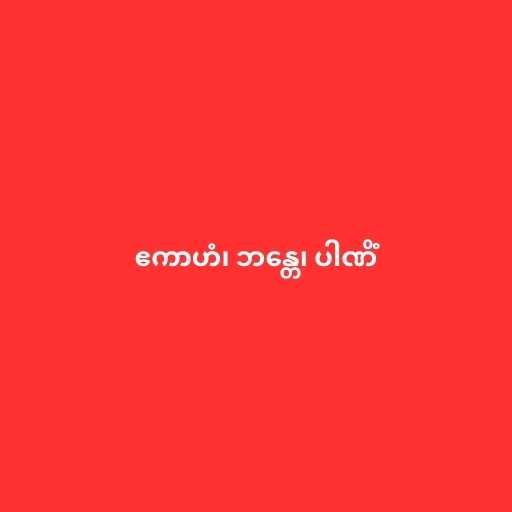
ဧကာဟံ၊ ဘန္တေ၊ ပါဏိံ